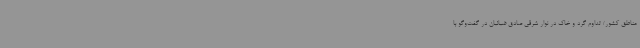
مناطق کشور/ تداوم گرد و خاک در نوار شرقی صادق ضیائیان در گفت‌وگو با